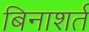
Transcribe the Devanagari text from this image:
बिनाशर्त